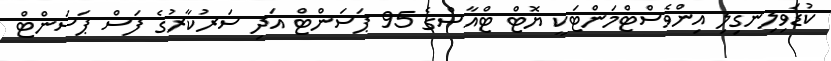
ކުޑަވިލިނގިލި އިންވެސްޓްމަންޓަކީ ޔޮޓް ޓްއާސްގެ 95 ޕަސަންޓް އަދި ސަރުކާރުގެ ފަސް ޕަސަންޓް